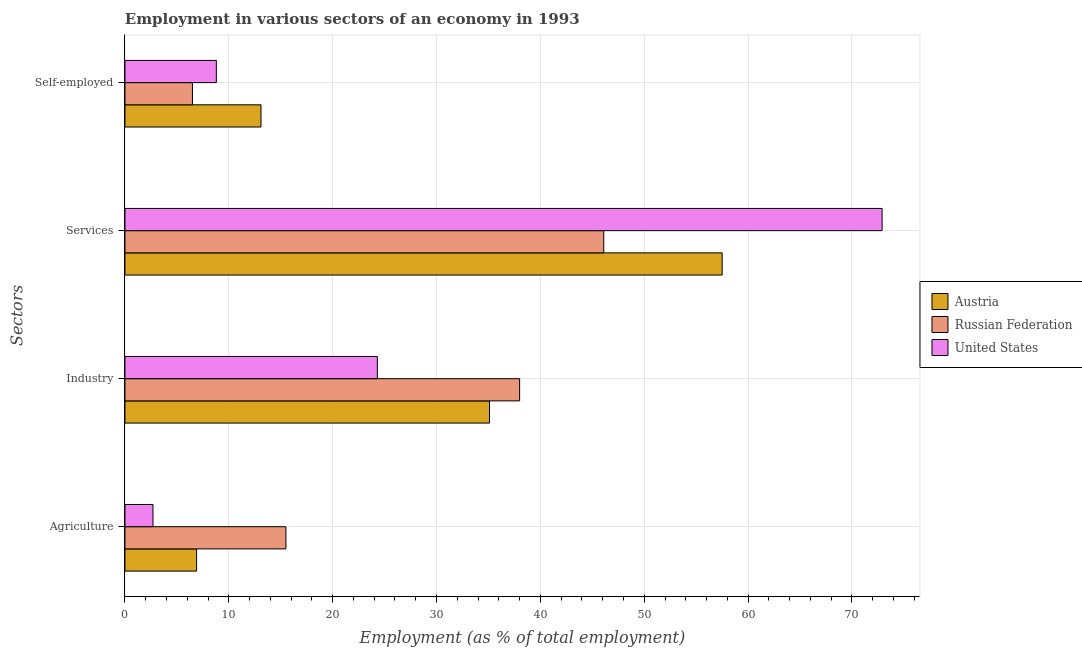
| Sectors | Austria | Russian Federation | United States |
 | --- | --- | --- | --- |
 | Agriculture | 6.9 | 15.5 | 2.7 |
 | Industry | 35.1 | 38 | 24.3 |
 | Services | 57.5 | 46.1 | 72.9 |
 | Self-employed | 13.1 | 6.5 | 8.8 |